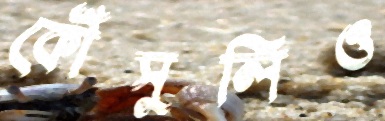
কৌঁসুলিও